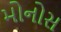
મોનોસ